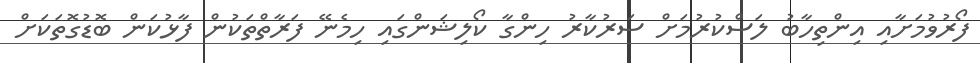
ފޯރުވުމަށާއި އިންތިހާބު ލަސްކުރުމަށް ސަރުކާރު ހިންގާ ކޯލިޝަންގައި ހިމެނޭ ފަރާތްތަކުން ފާޅުކަން ބޮޑުގޮތަކަށް